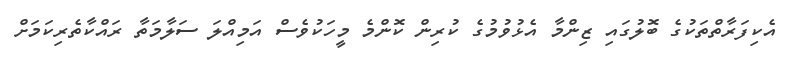
އެކިފަރާތްތަކުގެ ބޮލުގައި ޒިންމާ އެޅުވުމުގެ ކުރިން ކޮންމެ މީހަކުވެސް އަމިއްލަ ސަލާމަތާ ރައްކާތެރިކަމަށް